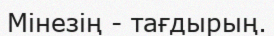
Мінезің - тағдырың.